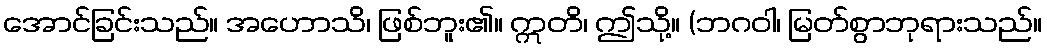
အောင်ခြင်းသည်။ အဟောသိ၊ ဖြစ်ဘူး၏။ ဣတိ၊ ဤသို့။ (ဘဂဝါ၊ မြတ်စွာဘုရားသည်။